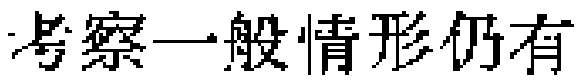
考察一般情形仍有